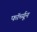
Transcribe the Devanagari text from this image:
फॉर्च्‍यून